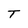
Character: T